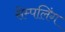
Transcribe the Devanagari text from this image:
सेम्पलिंग